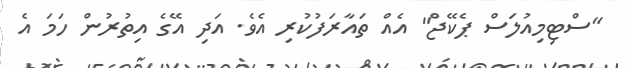
"ސްޓިމިއުލަސް ޕެކޭޖް" އެއް ތައާރަފުކުރި އެވެ. އަދި އޭގެ އިތުރުން ހަމަ އެ